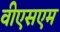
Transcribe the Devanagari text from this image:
वीएसएम